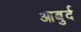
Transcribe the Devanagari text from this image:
आबुर्द